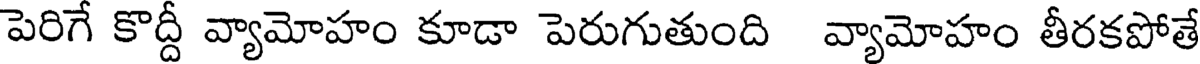
పెరిగే కొద్దీ వ్యామోహం కూడా పెరుగుతుంది వ్యామోహం తీరకపోతే